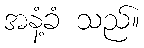
အနံ့ခံ သည်။